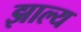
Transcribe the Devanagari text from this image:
झाल्य